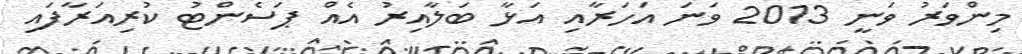
މިންވަރު ވަނީ 2013 ވަނަ އަހަރާއި އަޅާ ބަލާއިރު އެއް ޕަސެންޓު ކުރިއަރާފައި